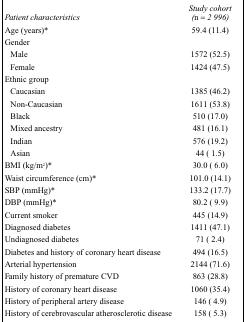
<table><thead><tr><td><b><i>Patient characteristics</i></b></td><td><b><i>Study cohort (n = 2 996)</i></b></td></tr></thead><tbody><tr><td>Age (years)*</td><td>59.4 (11.4)</td></tr><tr><td colspan="2">Gender</td></tr><tr><td>Male</td><td>1572 (52.5)</td></tr><tr><td>Female</td><td>1424 (47.5)</td></tr><tr><td colspan="2">Ethnic group</td></tr><tr><td>Caucasian</td><td>1385 (46.2)</td></tr><tr><td>Non-Caucasian</td><td>1611 (53.8)</td></tr><tr><td>Black</td><td>510 (17.0)</td></tr><tr><td>Mixed ancestry</td><td>481 (16.1)</td></tr><tr><td>Indian</td><td>576 (19.2)</td></tr><tr><td>Asian</td><td>44 ( 1.5)</td></tr><tr><td>BMI (kg/m<sup>2</sup>)*</td><td>30.0 ( 6.0)</td></tr><tr><td>Waist circumference (cm)*</td><td>101.0 (14.1)</td></tr><tr><td>SBP (mmHg)*</td><td>133.2 (17.7)</td></tr><tr><td>DBP (mmHg)*</td><td>80.2 ( 9.9)</td></tr><tr><td>Current smoker</td><td>445 (14.9)</td></tr><tr><td>Diagnosed diabetes</td><td>1411 (47.1)</td></tr><tr><td>Undiagnosed diabetes</td><td>71 ( 2.4)</td></tr><tr><td>Diabetes and history of coronary heart disease</td><td>494 (16.5)</td></tr><tr><td>Arterial hypertension</td><td>2144 (71.6)</td></tr><tr><td>Family history of premature CVD</td><td>863 (28.8)</td></tr><tr><td>History of coronary heart disease</td><td>1060 (35.4)</td></tr><tr><td>History of peripheral artery disease</td><td>146 ( 4.9)</td></tr><tr><td>History of cerebrovascular atherosclerotic disease</td><td>158 ( 5.3)</td></tr></tbody></table>